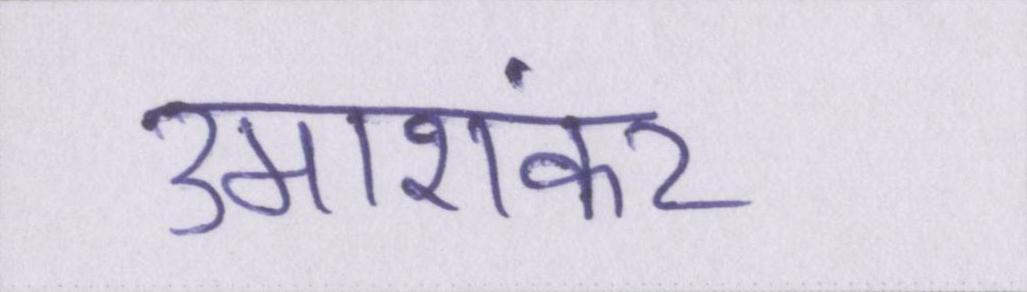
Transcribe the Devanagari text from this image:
उमाशंकर